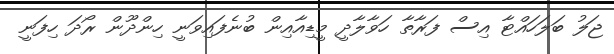
ޖަލު ބަލަހައްޓާ އިސް ފަރާތާ ހަވާލާދީ މީޑިއާއިން ބުނެފައިވަނީ ހިންދޫން ރޯދަ ހިފަނީ